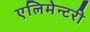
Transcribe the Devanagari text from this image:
एलिमेन्टरी